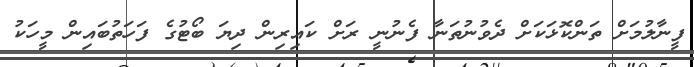
ފީނާލުމަށް ތަންކޮޅަކަށް ދެވުނުތަނާ ފެނުނީ ރަށް ކައިރިން ދިޔަ ބޯޓުގެ ފަހަތުބައިން މީހަކު